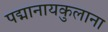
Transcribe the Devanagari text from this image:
पद्मानायकुलाना